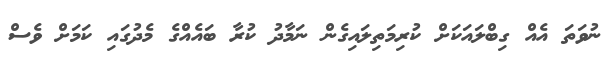
ނުވަތަ އެއް ގިބްލައަކަށް ކުރިމަތިލައިގެން ނަމާދު ކުރާ ބައެއްގެ މެދުގައި ކަމަށް ވެސް